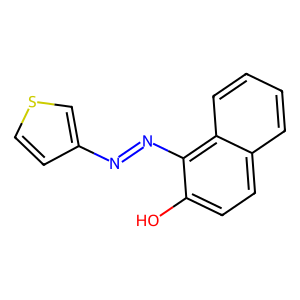
SMILES: Oc1ccc2ccccc2c1N=Nc1ccsc1
Inhibits HIV replication: No